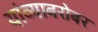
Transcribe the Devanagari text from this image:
यांव्याबरोबर